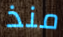
منذ